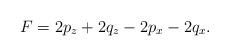
LaTeX: \begin{align*}~F = 2p_z + 2q_z - 2p_x - 2q_x.\end{align*}